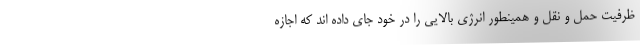
ظرفیت حمل و نقل و همینطور انرژی بالایی را در خود جای داده اند که اجازه